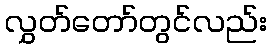
လွှတ်တော်တွင်လည်း